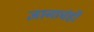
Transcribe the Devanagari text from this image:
ज्ञानाचंही